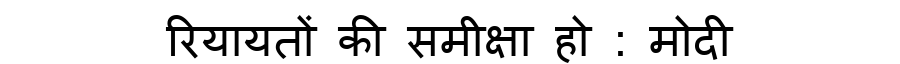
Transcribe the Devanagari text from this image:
रियायतों की समीक्षा हो : मोदी